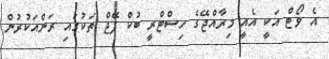
އެ ވޯޓް އަކީ އެއީ މިރާއްޖޭގެ ހިސްޓްރީ ބުކް ޕޭޖް ތަކުގައި ރަންއަކުރުން